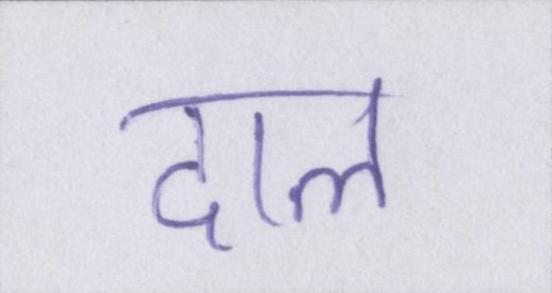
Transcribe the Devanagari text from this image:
दाल